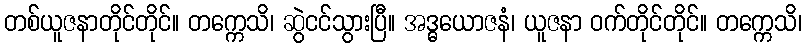
တစ်ယူဇနာတိုင်တိုင်။ တက္ကေသိ၊ ဆွဲငင်သွားပြီ။ အဒ္ဓယောဇနံ၊ ယူဇနာ ဝက်တိုင်တိုင်။ တက္ကေသိ၊